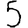
Digit: 5